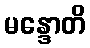
မန္ဒောတိ